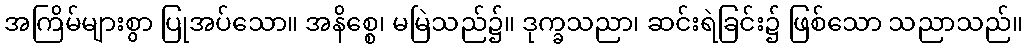
အကြိမ်များစွာ ပြုအပ်သော။ အနိစ္စေ၊ မမြဲသည်၌။ ဒုက္ခသညာ၊ ဆင်းရဲခြင်း၌ ဖြစ်သော သညာသည်။